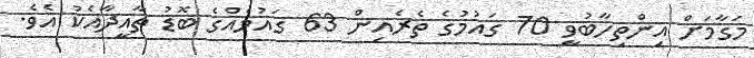
މަގާމަށް އިންތިހާބުވީ 70 ގައުމުގެ ތެރެއިން 63 ގައުމެއްގެ ބޮޑު ތާއީދާއެކު އެވެ.